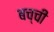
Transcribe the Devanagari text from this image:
बच्‍ची